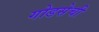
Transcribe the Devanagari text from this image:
गोडसेची